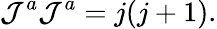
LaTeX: {\cal J}^{a}{\cal J}^{a}=j(j+1).